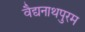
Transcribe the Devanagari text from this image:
वैद्यनाथपुरम